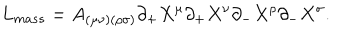
L _ { m a s s } = A _ { ( \mu \nu ) ( \rho \sigma ) } \partial _ { + } X ^ { \mu } \partial _ { + } X ^ { \nu } \partial _ { - } X ^ { \rho } \partial _ { - } X ^ { \sigma } .